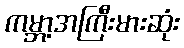
ကမ္ဘာ့အကြီးမားဆုံး